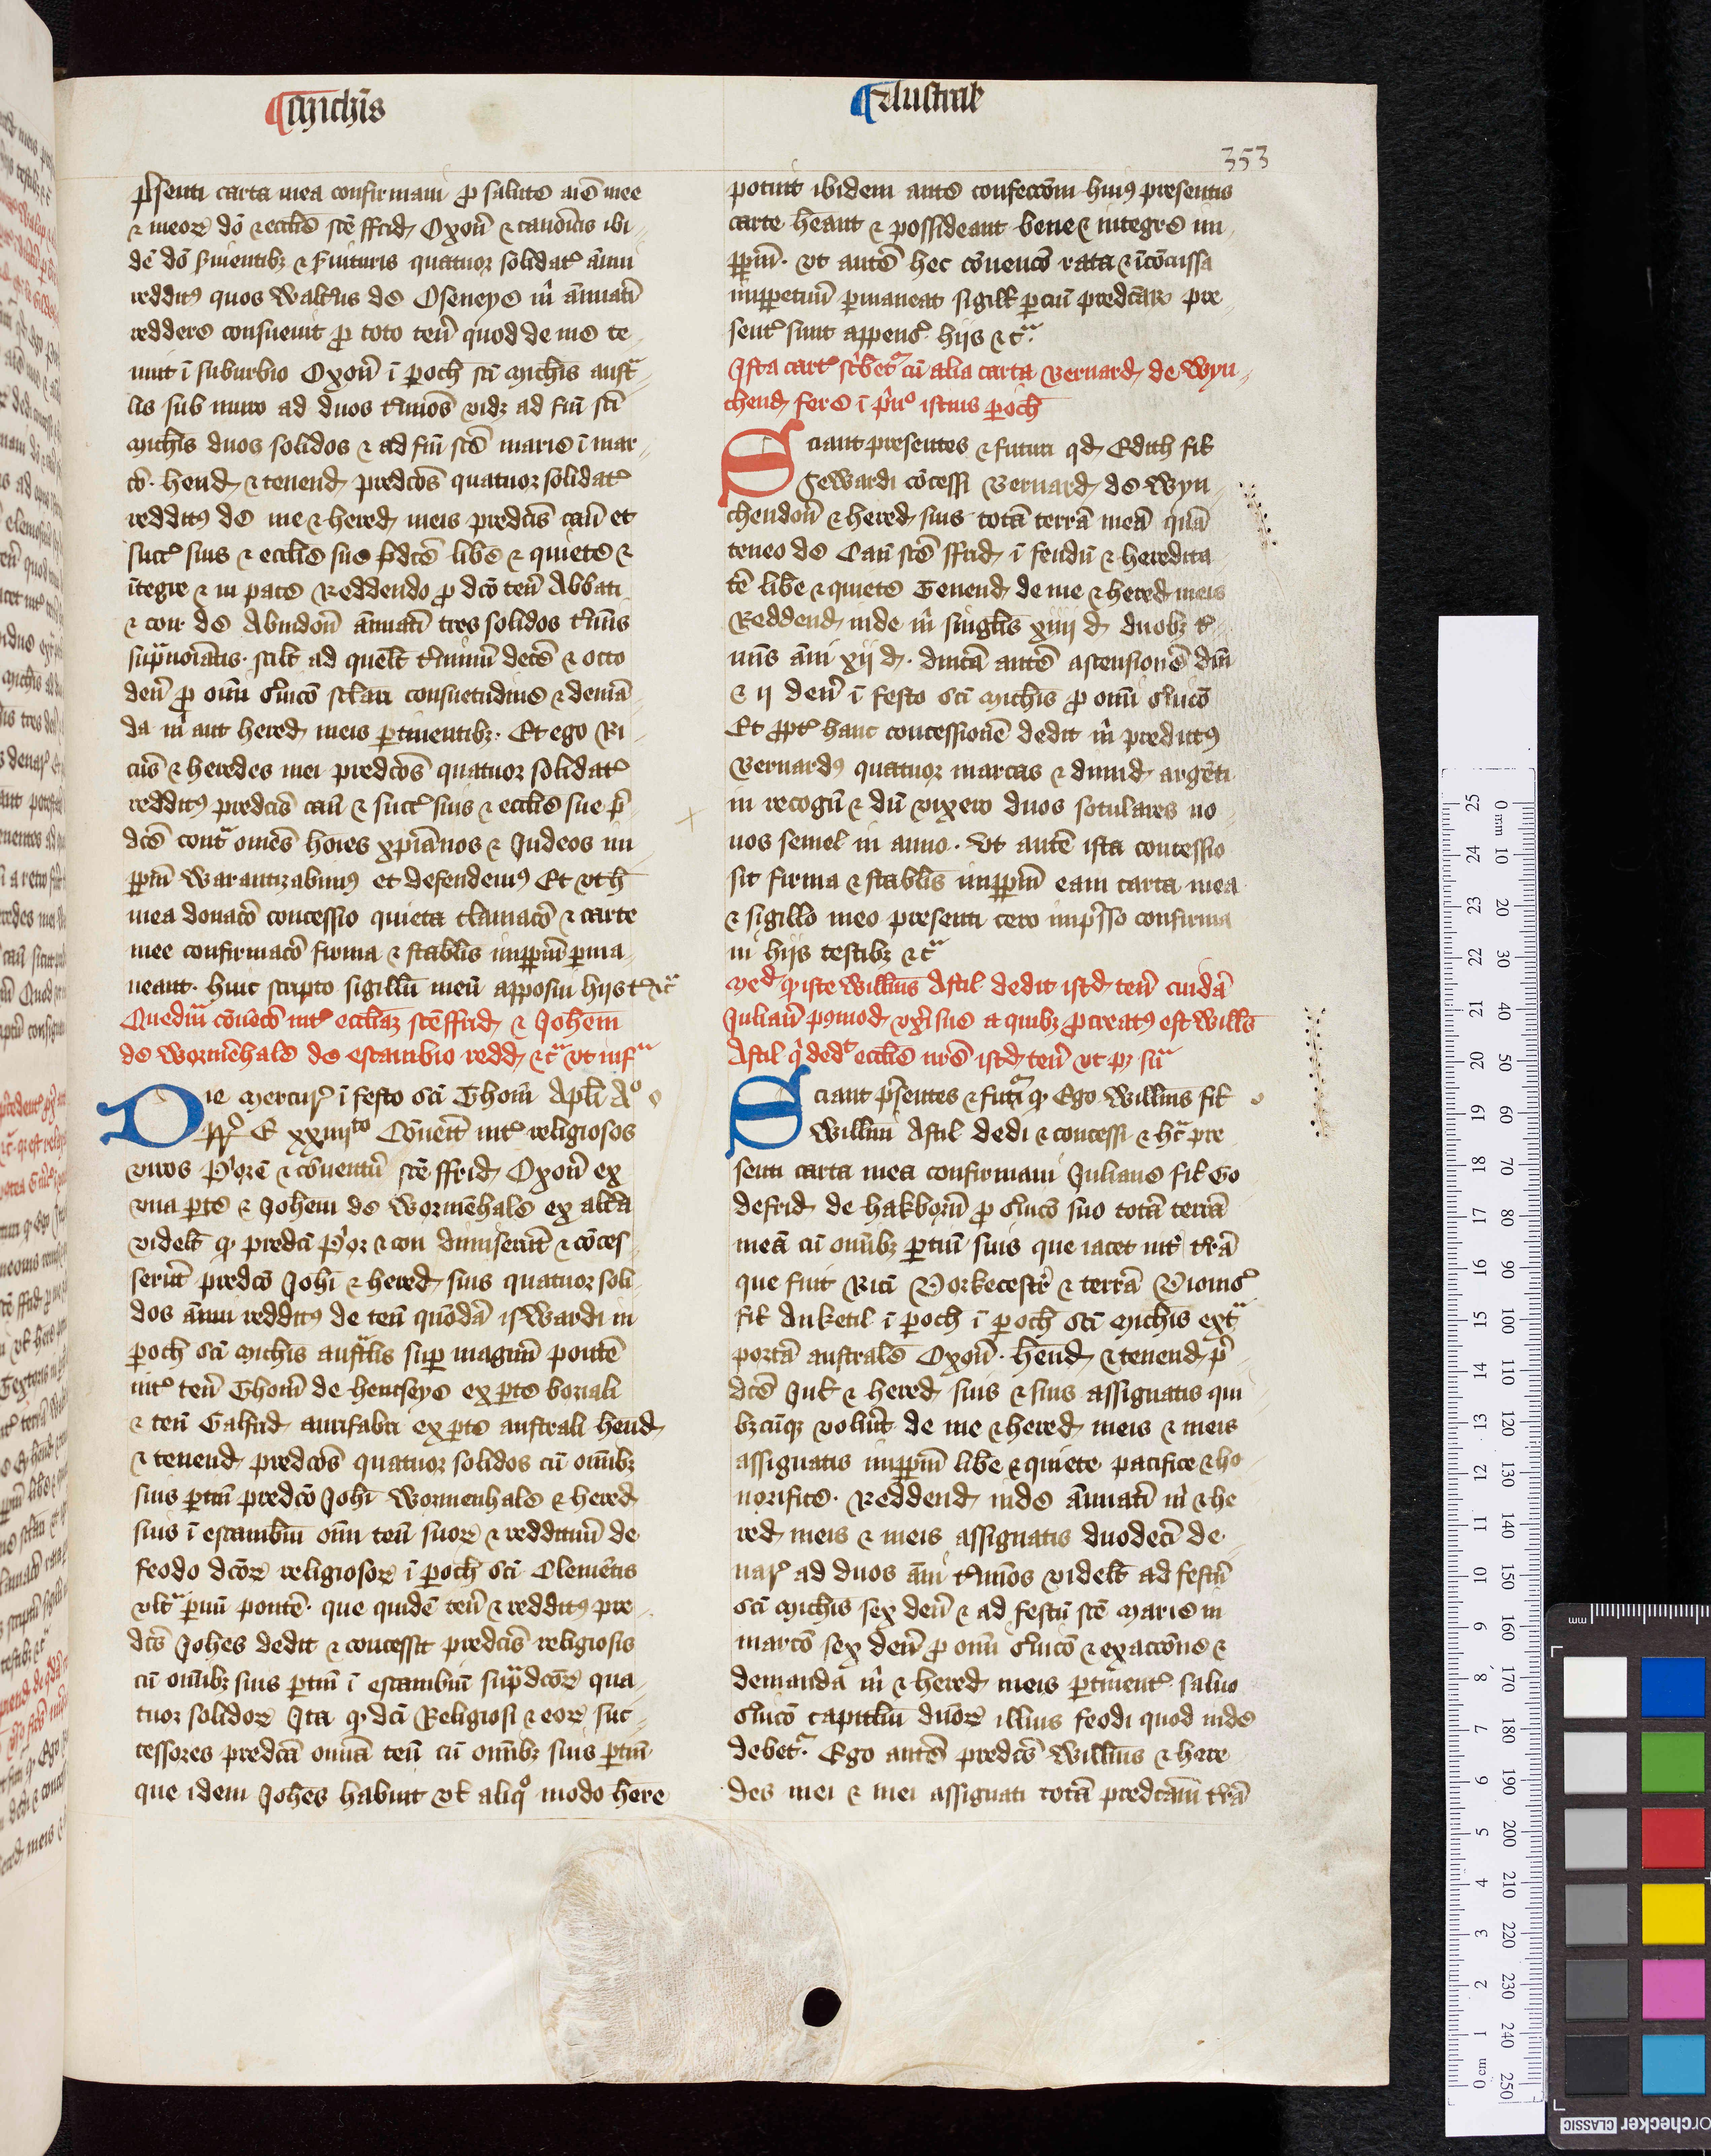
Shelfmark: Oxford, Christ Church Archives, D&C VI.1
Century: 14